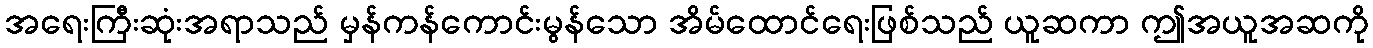
အရေးကြီးဆုံးအရာသည် မှန်ကန်ကောင်းမွန်သော အိမ်ထောင်ရေးဖြစ်သည် ယူဆကာ ဤအယူအဆကို